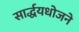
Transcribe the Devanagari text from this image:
सार्द्धयधोजने